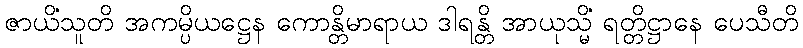
ဇာယိံသူတိ အကမ္ပိယဋ္ဌေန ကောန္တိမာရာယ ဒါရန္တိ အာယုသ္မိံ ရတ္တိဋ္ဌာနေ ပေသီတိ